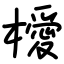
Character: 𣜬